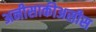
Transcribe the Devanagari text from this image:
अनीसाकीअसीस